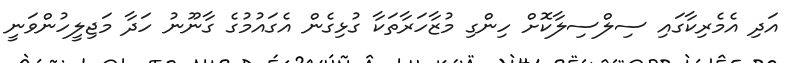
އަދި އެމެރިކާގައި ސިލްސިލާކޮށް ހިންގި މުޒާހަރާތަކާ ގުޅިގެން އެގައުމުގެ ގާނޫނު ހަދާ މަޖިލީހުންވަނީ